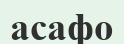
асафо